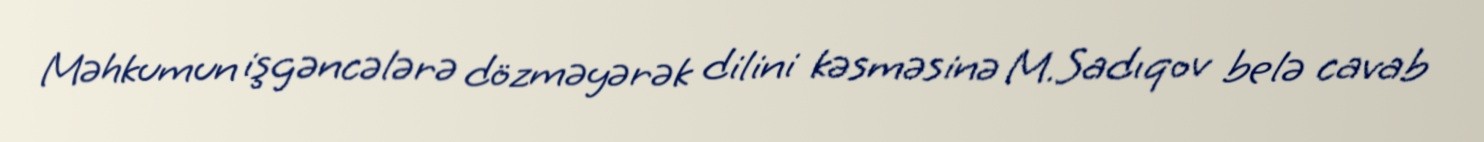
Məhkumun işgəncələrə dözməyərək dilini kəsməsinə M.Sadıqov belə cavab